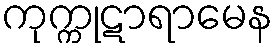
ကုက္ကုဋာရာမေန